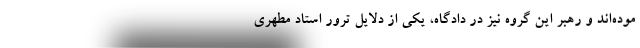
موده‌اند و رهبر این گروه نیز در دادگاه، یکی از دلایل ترور استاد مطهری